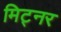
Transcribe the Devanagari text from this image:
मिट्नर